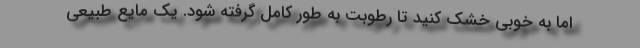
اما به خوبی خشک کنید تا رطوبت به طور کامل گرفته شود. یک مایع طبیعی